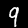
Digit: 9